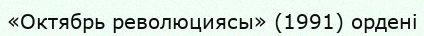
«Октябрь революциясы» (1991) ордені